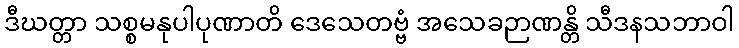
ဒီဃတ္တာ သစ္စမနုပါပုဏာတိ ဒေသေတဗ္ဗံ အသေခဉာဏန္တိ သီဒနသဘာဝါ